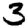
Digit: 3